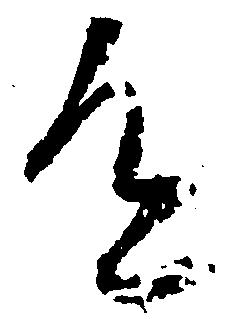
道